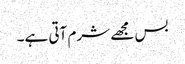
بس مجھے شرم آتی ہے۔